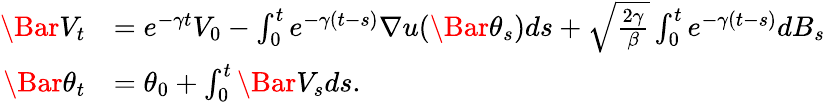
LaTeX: \begin{array}{rl}{\Bar{V}_{t}}&{=e^{-\gamma t}V_{0}-\int_{0}^{t}e^{-\gamma(t-s)}\nabla u(\Bar{\theta}_{s})ds+\sqrt{\frac{2\gamma}{\beta}}\int_{0}^{t}e^{-\gamma(t-s)}dB_{s}}\\ {\Bar{\theta_{t}}}&{=\theta_{0}+\int_{0}^{t}\Bar{V}_{s}ds.}\end{array}